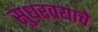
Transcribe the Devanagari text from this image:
सुधरवयाचे